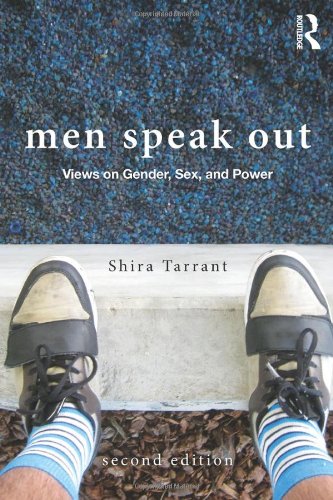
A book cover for Men Speak Out: Views on Gender, Sex, and Power; Gay & Lesbian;